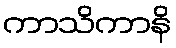
ကာသိကာနိ